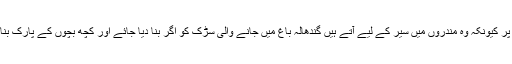
اس وقت عوام مجبور ہے اپنے بچوں کو ہندوؤں کی تاریخ بتانے پر کیونکہ وہ مندروں میں سیر کے لیے آتے ہیں گندھالہ باغ میں جانے والی سڑک کو اگر بنا دیا جائے اور کچھ بچوں کے پارک بنادئیے جائیں تو عوام کے لیے تفریح کے مواقع پیدا ہو سکتے ہیں۔